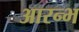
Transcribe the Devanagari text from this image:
आरन्भ